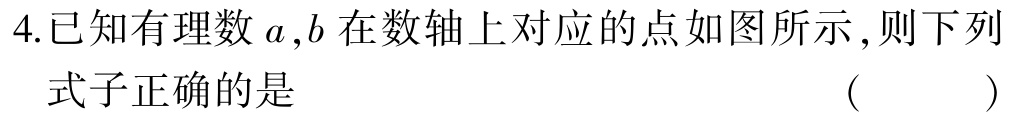
4.已知有理数\(a,b\)在数轴上对应的点如图所示，则下列式子正确的是 （  ）